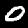
Digit: 0